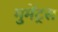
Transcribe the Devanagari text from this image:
मुमेंट्स